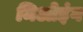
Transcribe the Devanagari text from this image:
मिओइंग